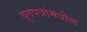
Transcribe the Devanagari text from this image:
वृतपत्रांमधील